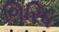
ગિરિધ